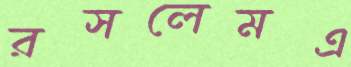
রসলেমএ